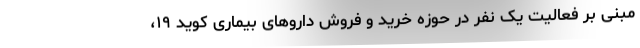
مبنی بر فعالیت یک نفر در حوزه خرید و فروش داروهای بیماری کوید ۱۹،